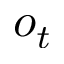
o _ { t }